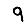
Digit: 9